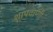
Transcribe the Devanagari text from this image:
शापवाणी